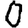
Digit: 0